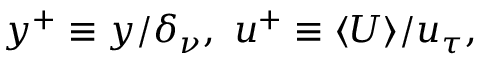
y ^ { + } \equiv y / \delta _ { \nu } , ~ u ^ { + } \equiv \langle U \rangle / u _ { \tau } ,